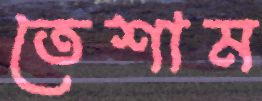
তেশাম